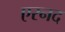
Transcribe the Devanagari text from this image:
एरनद